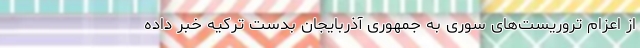
از اعزام تروریست‌های سوری به جمهوری آذربایجان بدست ترکیه خبر داده